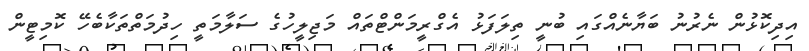
އިދިކޮޅުން ނެރުނު ބަޔާނެއްގައި ބުނީ ތިލަފަޅު އެގްރީމަންޓްތައް މަޖިލީހުގެ ސަލާމަތީ ހިދުމަތްތަކާބެހޭ ކޮމިޓީން